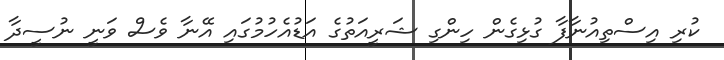
ކުރި އިސްތިއުނާފާ ގުޅިގެން ހިންގި ޝަރީއަތުގެ އަޑުއެހުމުގައި އޭނާ ވެސް ވަނީ ނުސީދާ